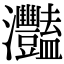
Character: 灩